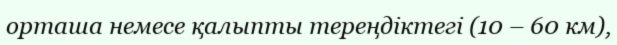
орташа немесе қалыпты тереңдіктегі (10 – 60 км),